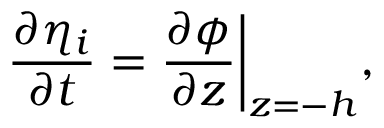
\frac { \partial \eta _ { i } } { \partial t } = \frac { \partial \phi } { \partial z } \bigg | _ { z = - h } ,